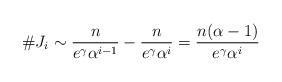
LaTeX: \begin{align*} \#J_i\sim \frac n{e^\gamma \alpha^{i-1}}-\frac n{e^\gamma\alpha^i}=\frac{n(\alpha-1)}{e^\gamma\alpha^i} \end{align*}